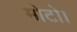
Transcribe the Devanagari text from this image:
मोटो।